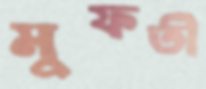
মুফতী